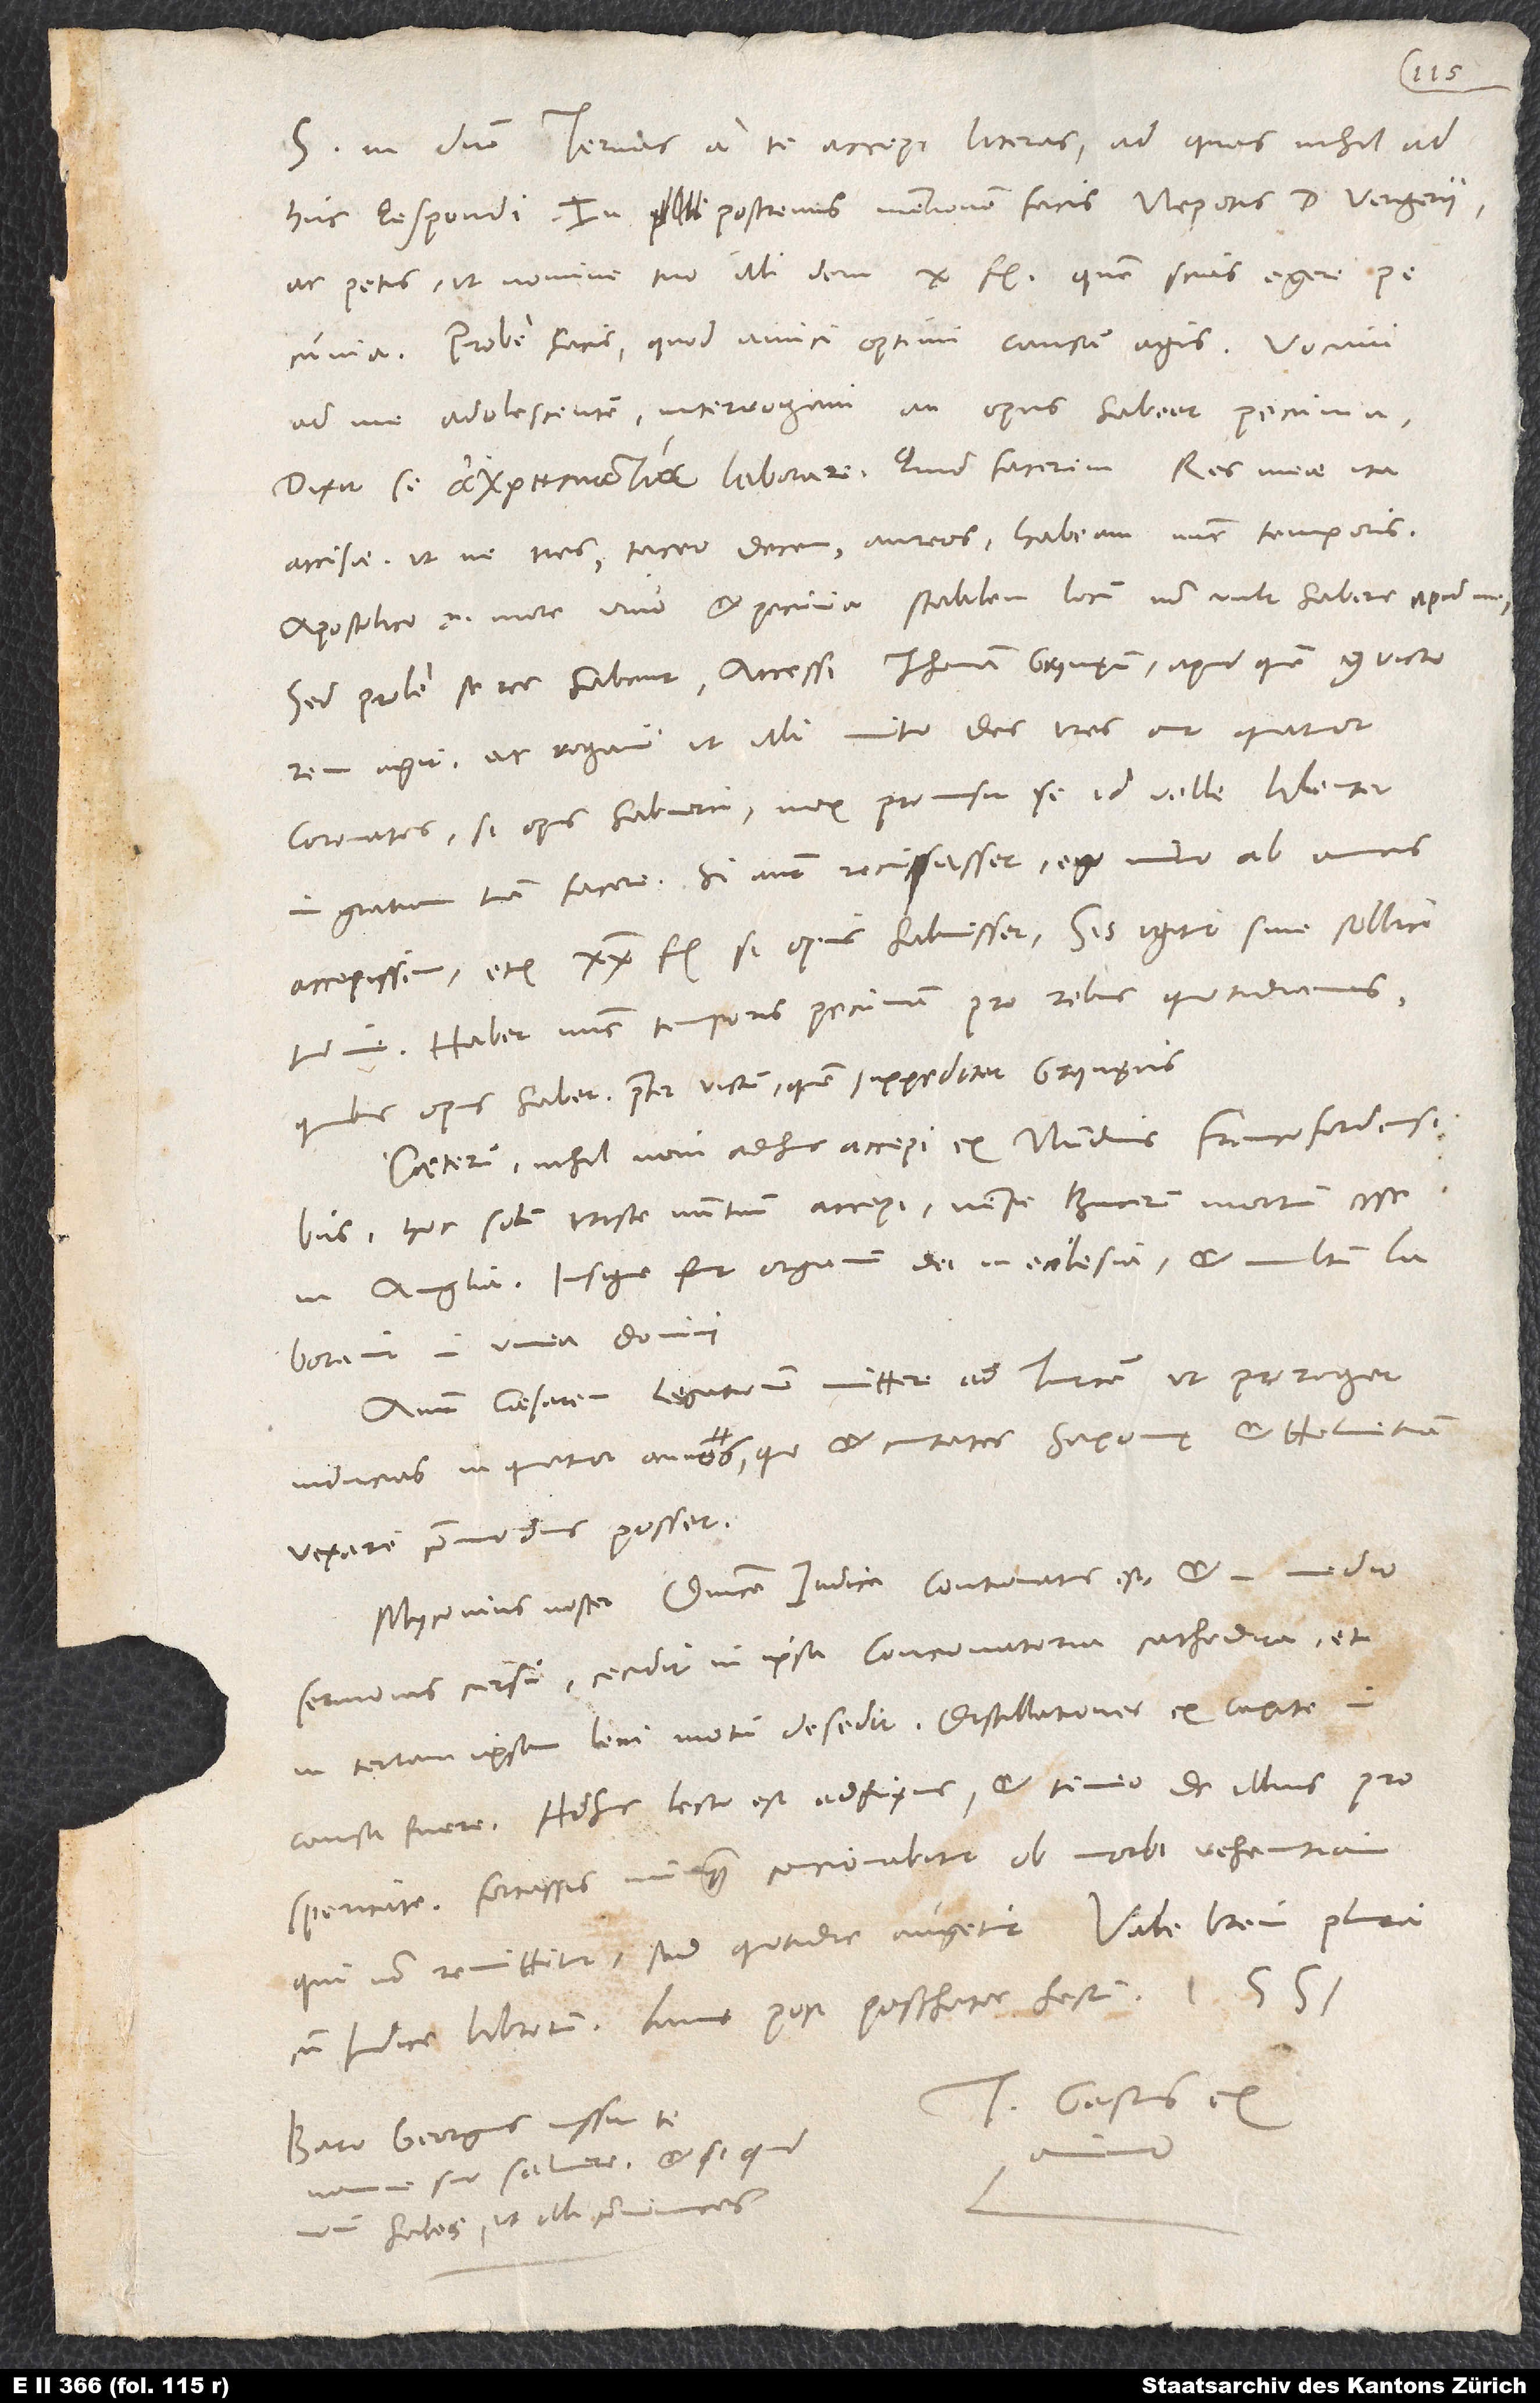
S. in domino. Ternas a te accepi literas, ad quas nihil
adhuc repondi. In postremis mentionem facis nepotis d. Vergerii
ac petis, ut nomine tuo illi dem 10 fl., quem scias egere pecunia.
ad me adolescentem, interrogavi, an opus habeat pecunia.
accisae, ut ne tres, taceo decem aureos habeam nunc temporis;
apostolico enim more vivo, et pecunia stabilem locum non vult habere apud
Sed probe se res habent. Accessi Thomam Grynęum, apud quem convictorem
agit, ac rogavi, ut illi mutuo det tres aut quatuor
coronatos, si opus habuerit; mox promisit se id velle libenter
in gratiam tuam facere. Si autem recusasset, ego mutuo ab amicis
habet nunc temporis pecuniam pro rebus quotidianis,
quibus opus habet praeter victum, quem suppeditat Grynęus.
Caeterum nihil novi adhuc accepi ex nundinis Francofordensibus.
Hoc solum triste nuntium accepi, nempe Bucerus mortuum esse
in Anglia; insigne fuit organum dei in ecclesia et multum laboravit
Aiunt Caesarem legationem mittere ad Turcam, ut proroget
inducias in quatuor annos, quo et civitates Saxonię et Helvetiam
vexare commodius posset.
Myconius noster dominica iudica contionatus est et in medio
sermonis cursu cecidit in ipsa concionatoria cathedra et
in terram ipsam leni motu desedit; distillationes ex capite in
causa fuere. Adhuc lecto est adfixus, et timeo de illius
prosperitate. Fortassis nunquam concionabitur ob morbi vehementiam,
cum indice librorum. Lune post paschatis festum 1551.
T Gastius ex
Baro Georgius iussit te
nomine suo salutare, et si quid
novi habes, ut illi communices.